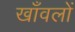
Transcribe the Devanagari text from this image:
खाँवलों